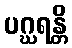
ပဂ္ဃရန္တိ